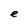
Character: e